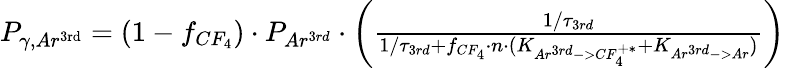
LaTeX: \begin{array}{r}{P_{\gamma,Ar^{\textnormal{3rd}}}=(1-f_{CF_{4}})\cdot P_{Ar^{3rd}}\cdot\left(\frac{1/\tau_{3rd}}{1/\tau_{3rd}+f_{CF_{4}}\cdot n\cdot(K_{Ar^{3rd}->CF_{4}^{+*}}+K_{Ar^{3rd}->Ar})}\right)}\end{array}